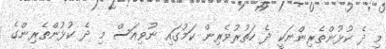
މި ދެ ކުޅުންތެރިންނަކީ ދެ ހަތުރުވެރިން ކަމުގައި ނުވިއަސް މި ދެ ކުޅުންތެރިންގެ